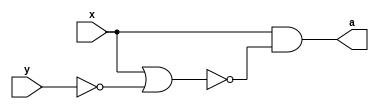
module A (output a, input x,y);

	assign a =  x & ~( x | ~y ) ; 

endmodule



module A2 (output b, input x, y);

	assign b = 0;

endmodule



module B (output c, input x, y);

	assign c =  ( ~x | y ) | ( x & y ) ;

endmodule



module B2 (output d, input x, y);

	assign d = ~x | y;

endmodule



module C (output c, input x, y);

	assign c = ~( x & ~y )  & ( ~x | y )   ;

endmodule

module C2 (output c2, input x, y);

	assign c2 = ~x | y   ;

endmodule

module D (output d, input x,y);

    assign d = ~( x & y ) | ~(~x | ~y );
    
endmodule
    
module D2 (output d2, input x,y);

    assign d2 = 1;    
    
endmodule

module E (output e, input x,y);

    assign e = ~( y | ~x ) & ( ~y | x );
    
endmodule
    
module E2 (output e2, input x,y);

    assign e2 = ~y & x;    
    
endmodule

module ValoresIniciais;

reg x, y;
wire a, a2, b, b2, c, c2, d, d2, e, e2;

	A letraA   (a, x, y);
	A2 letraA2 (a2, x, y);
	B letraB   (b, x, y);
	B2 letraB2 (b2, x, y);
	C letraC   (c, x, y);
	C2 letraC2 (c2, x, y);
	D letraD   (d, x, y);
	D2 letraD2 (d2, x, y);
    E letraE   (e, x, y);
	E2 letraE2 (e2, x, y);

initial
begin : start

	x = 1'bx;
	y = 1'bx;

end

initial
begin : main

	$display("Exemplo - Larissa Gomes - 650525");
	$display("Expressoes booleanas");
	
	$display(" x  y  =  a  a2  b  b2  c  c2  d  d2  e  e2");
    $monitor("%2b %2b  = %2b  %2b %2b %2b  %2b %2b  %2b %2b  %2b %2b", x, y, a, a2, b, b2, c, c2, d, d2, e, e2);
		
	#1 x = 0; y = 0; 
	#1 x = 0; y = 1;
	#1 x = 1; y = 0; 
	#1 x = 1; y = 1; 

end
endmodule